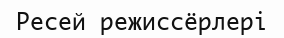
Ресей режиссёрлері